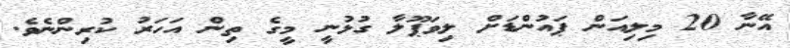
އޭނާ 20 މިލިއަން ޕައުންޑަށް ލިވަޕޫލާ ގުޅުނީ މީގެ ތިން އަހަރު ކުރިންނެވެ.